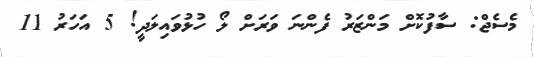
މެސެޖް: ސާފުކޮށް މަންޒަރު ފެންނަ ވަރަށް ލޯ ހުޅުވައިލަދީ! 5 އަހަރު 11